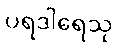
ပရဒါရေသု